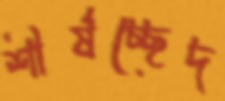
শীর্ষচ্ছেদ